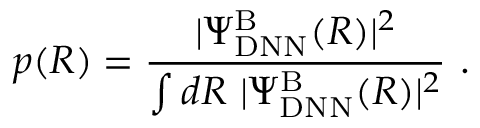
p ( R ) = \frac { | \Psi _ { \mathrm { D N N } } ^ { \mathrm { B } } ( R ) | ^ { 2 } } { \int d R \ | \Psi _ { \mathrm { D N N } } ^ { \mathrm { B } } ( R ) | ^ { 2 } } \ .